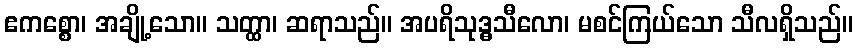
ဧကစ္စော၊ အချို့သော။ သတ္ထာ၊ ဆရာသည်။ အပရိသုဒ္ဓသီလော၊ မစင်ကြယ်သော သီလရှိသည်။